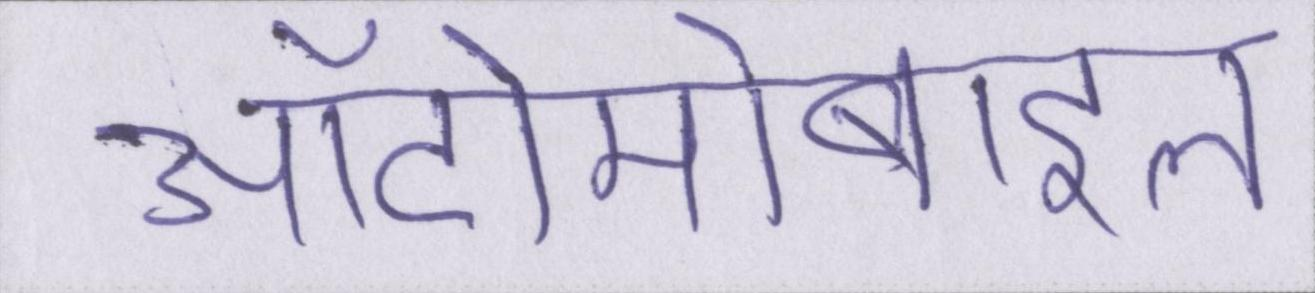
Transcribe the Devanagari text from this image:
ऑटोमोबाइल